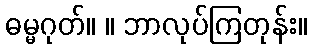
ဓမ္မဂုတ်။ ။ ဘာလုပ်ကြတုန်း။